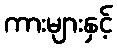
ကားများနှင့်